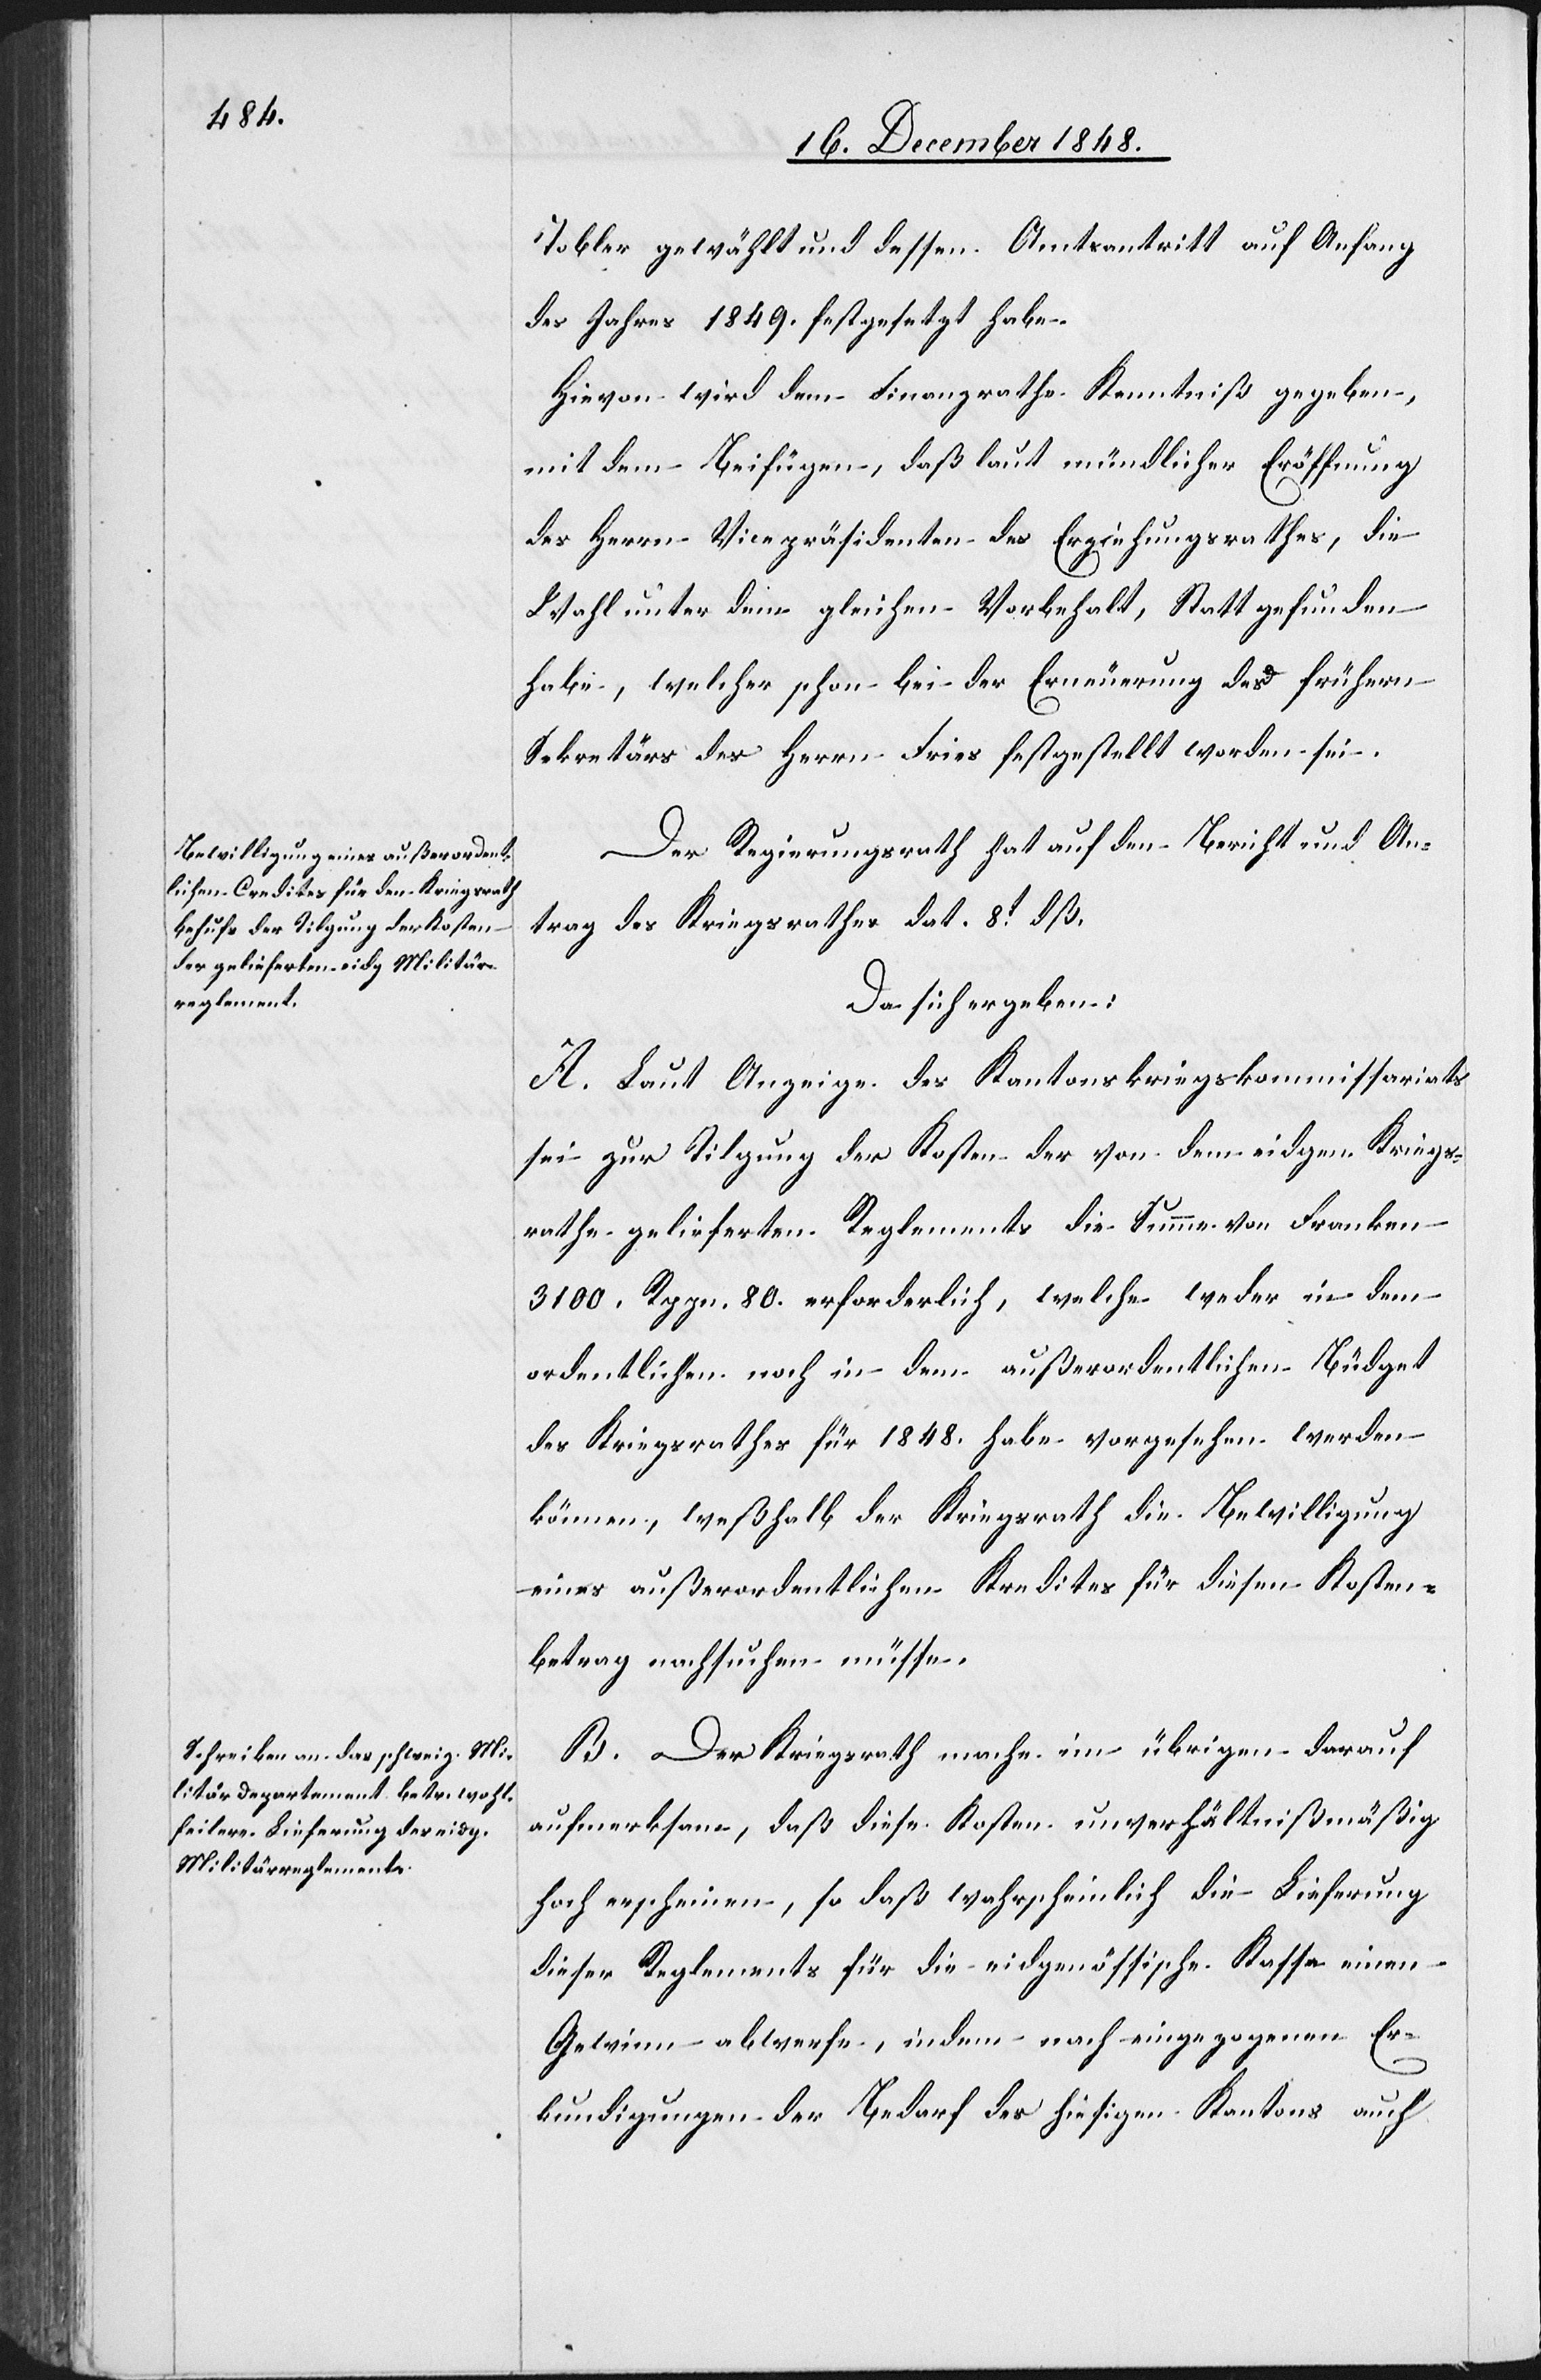
Tobler gewählt und dessen Amtsantritt auf Anfang
des Jahres 1849. festgesetzt habe.
Hievon wird dem Finanzrathe Kenntniß gegeben,
mit dem Beifügen, daß laut mündlicher Eröffnung
des Herrn Vicepräsidenten des Erziehungsrathes, die
Wahl unter dem gleichen Vorbehalt, Statt gefunden
habe, welcher schon bei der Erneuerung des frühern
Sekretärs des Herrn Fries festgestellt worden sei.
Der Regierungsrath hat auf den Bericht und An¬
trag des Kriegsrathes dat. 8t dß.
Da sich ergeben:
A. Laut Anzeige des Kantonskriegskommissariats
sei zur Tilgung der Kosten der von dem eidgen. Kriegs¬
rathe gelieferten Reglements die Summe von Franken
3100. Rppn. 80. erforderlich, welche weder in dem
ordentlichen noch in dem außerordentlichen Büdget
des Kriegsrathes für 1848. habe vorgesehen werden
können, weßhalb der Kriegsrath die Bewilligung
eines außerordentlichen Kredites für diesen Kosten¬
betrag nachsuchen müsse.
B. Der Kriegsrath mache im übrigen darauf
aufmerksam, daß diese Kosten unverhältnißmäßig
hoch erscheinen, so daß wahrscheinlich die Lieferung
dieser Reglements für die eidgenössische Kasse einen
Gewinn abwerfe, indem nach eingezogenen Er¬
kundigungen der Bedarf des hiesigen Kantons auch